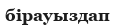
бірауыздап